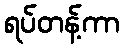
ရပ်တန့်ကာ